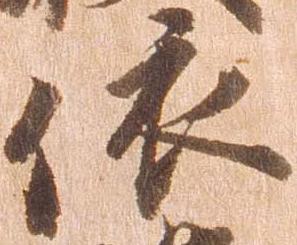
依